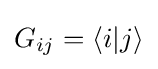
G_{ij}=\langle i|j\rangle